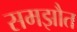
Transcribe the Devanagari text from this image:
समझौत